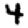
Digit: 4